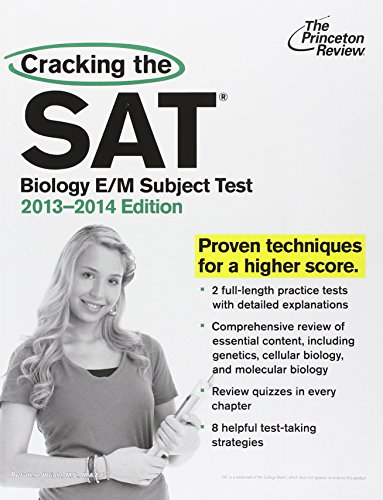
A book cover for Cracking the SAT Biology E/M Subject Test, 2013-2014 Edition (College Test Preparation); Princeton Review; Test Preparation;